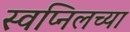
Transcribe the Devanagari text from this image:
स्वप्निलच्या